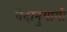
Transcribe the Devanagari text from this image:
वेदानुयायी